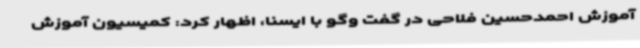
آموزش احمدحسین فلاحی در گفت وگو با ایسنا، اظهار کرد: کمیسیون آموزش